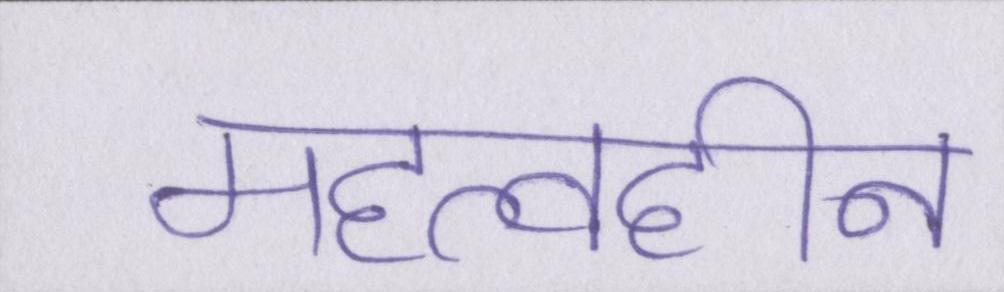
महत्वहीन